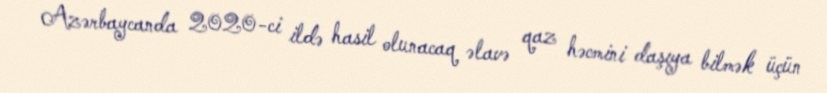
Azərbaycanda 2020-ci ildə hasil olunacaq əlavə qaz həcmini daşıya bilmək üçün